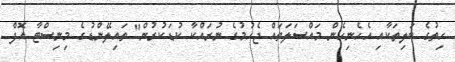
ހިތުގެ ބަލިތަކާއި އެހެނިހެން މައްސަލަތައް ޖެހުމުގެ ނުރައްކާ ކުޑަކުރުން" ތައިލޭންޑުގެ މިނިސްޓާ އޮފް